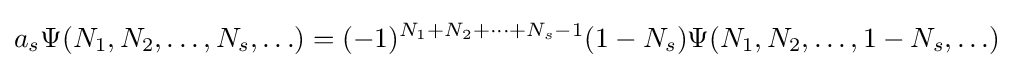
a_{s}\Psi (N_{1},N_{2},\ldots ,N_{s},\ldots )=(-1)^{N_{1}+N_{2}+\cdots +N_{s}-1}(1-N_{s})\Psi (N_{1},N_{2},\ldots ,1-N_{s},\ldots )